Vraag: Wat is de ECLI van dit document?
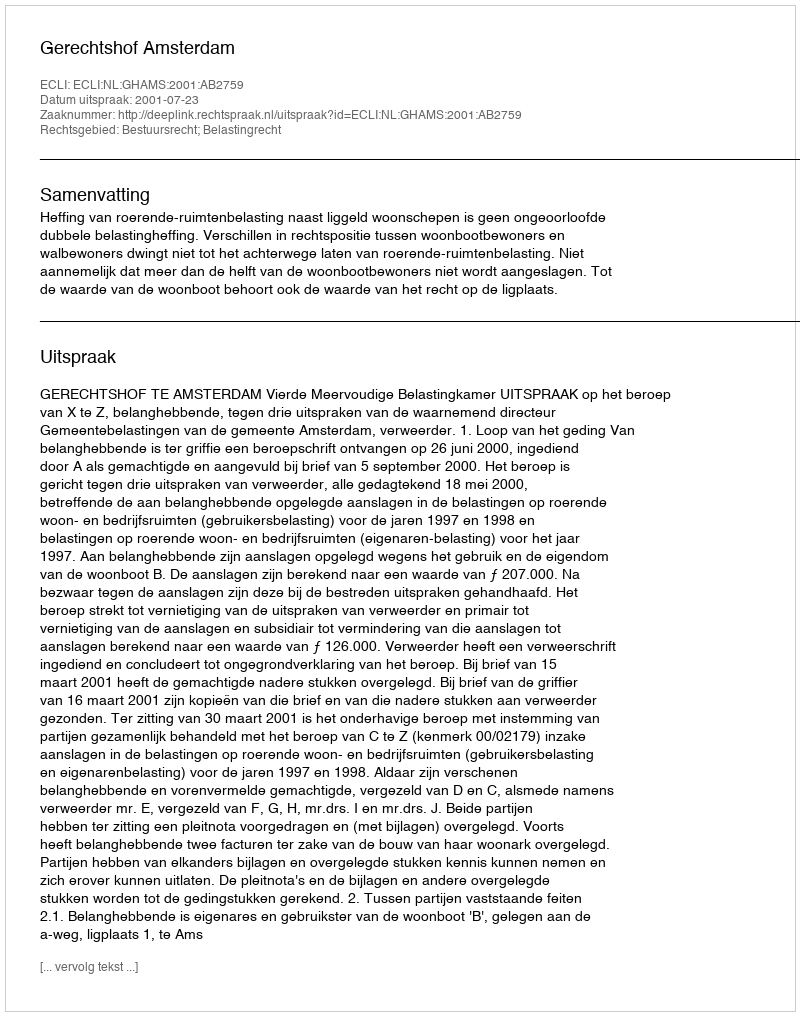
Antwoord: ECLI:NL:GHAMS:2001:AB2759